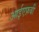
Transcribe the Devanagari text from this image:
आईएफ़बी